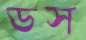
ডস